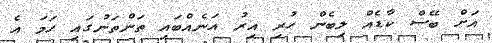
އަށް ބޭސް ކާޑެއް ލިބެން ހުރި އިރު އަނެއްބައި ތަންތަނުގައި ހަމަ އެ